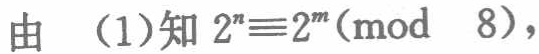
由 （1）知 \(2^{n}\equiv2^{m}(\text{mod } 8)\)，